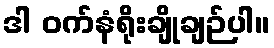
ဒါ ဝက်နံရိုးချိုချဉ်ပါ။